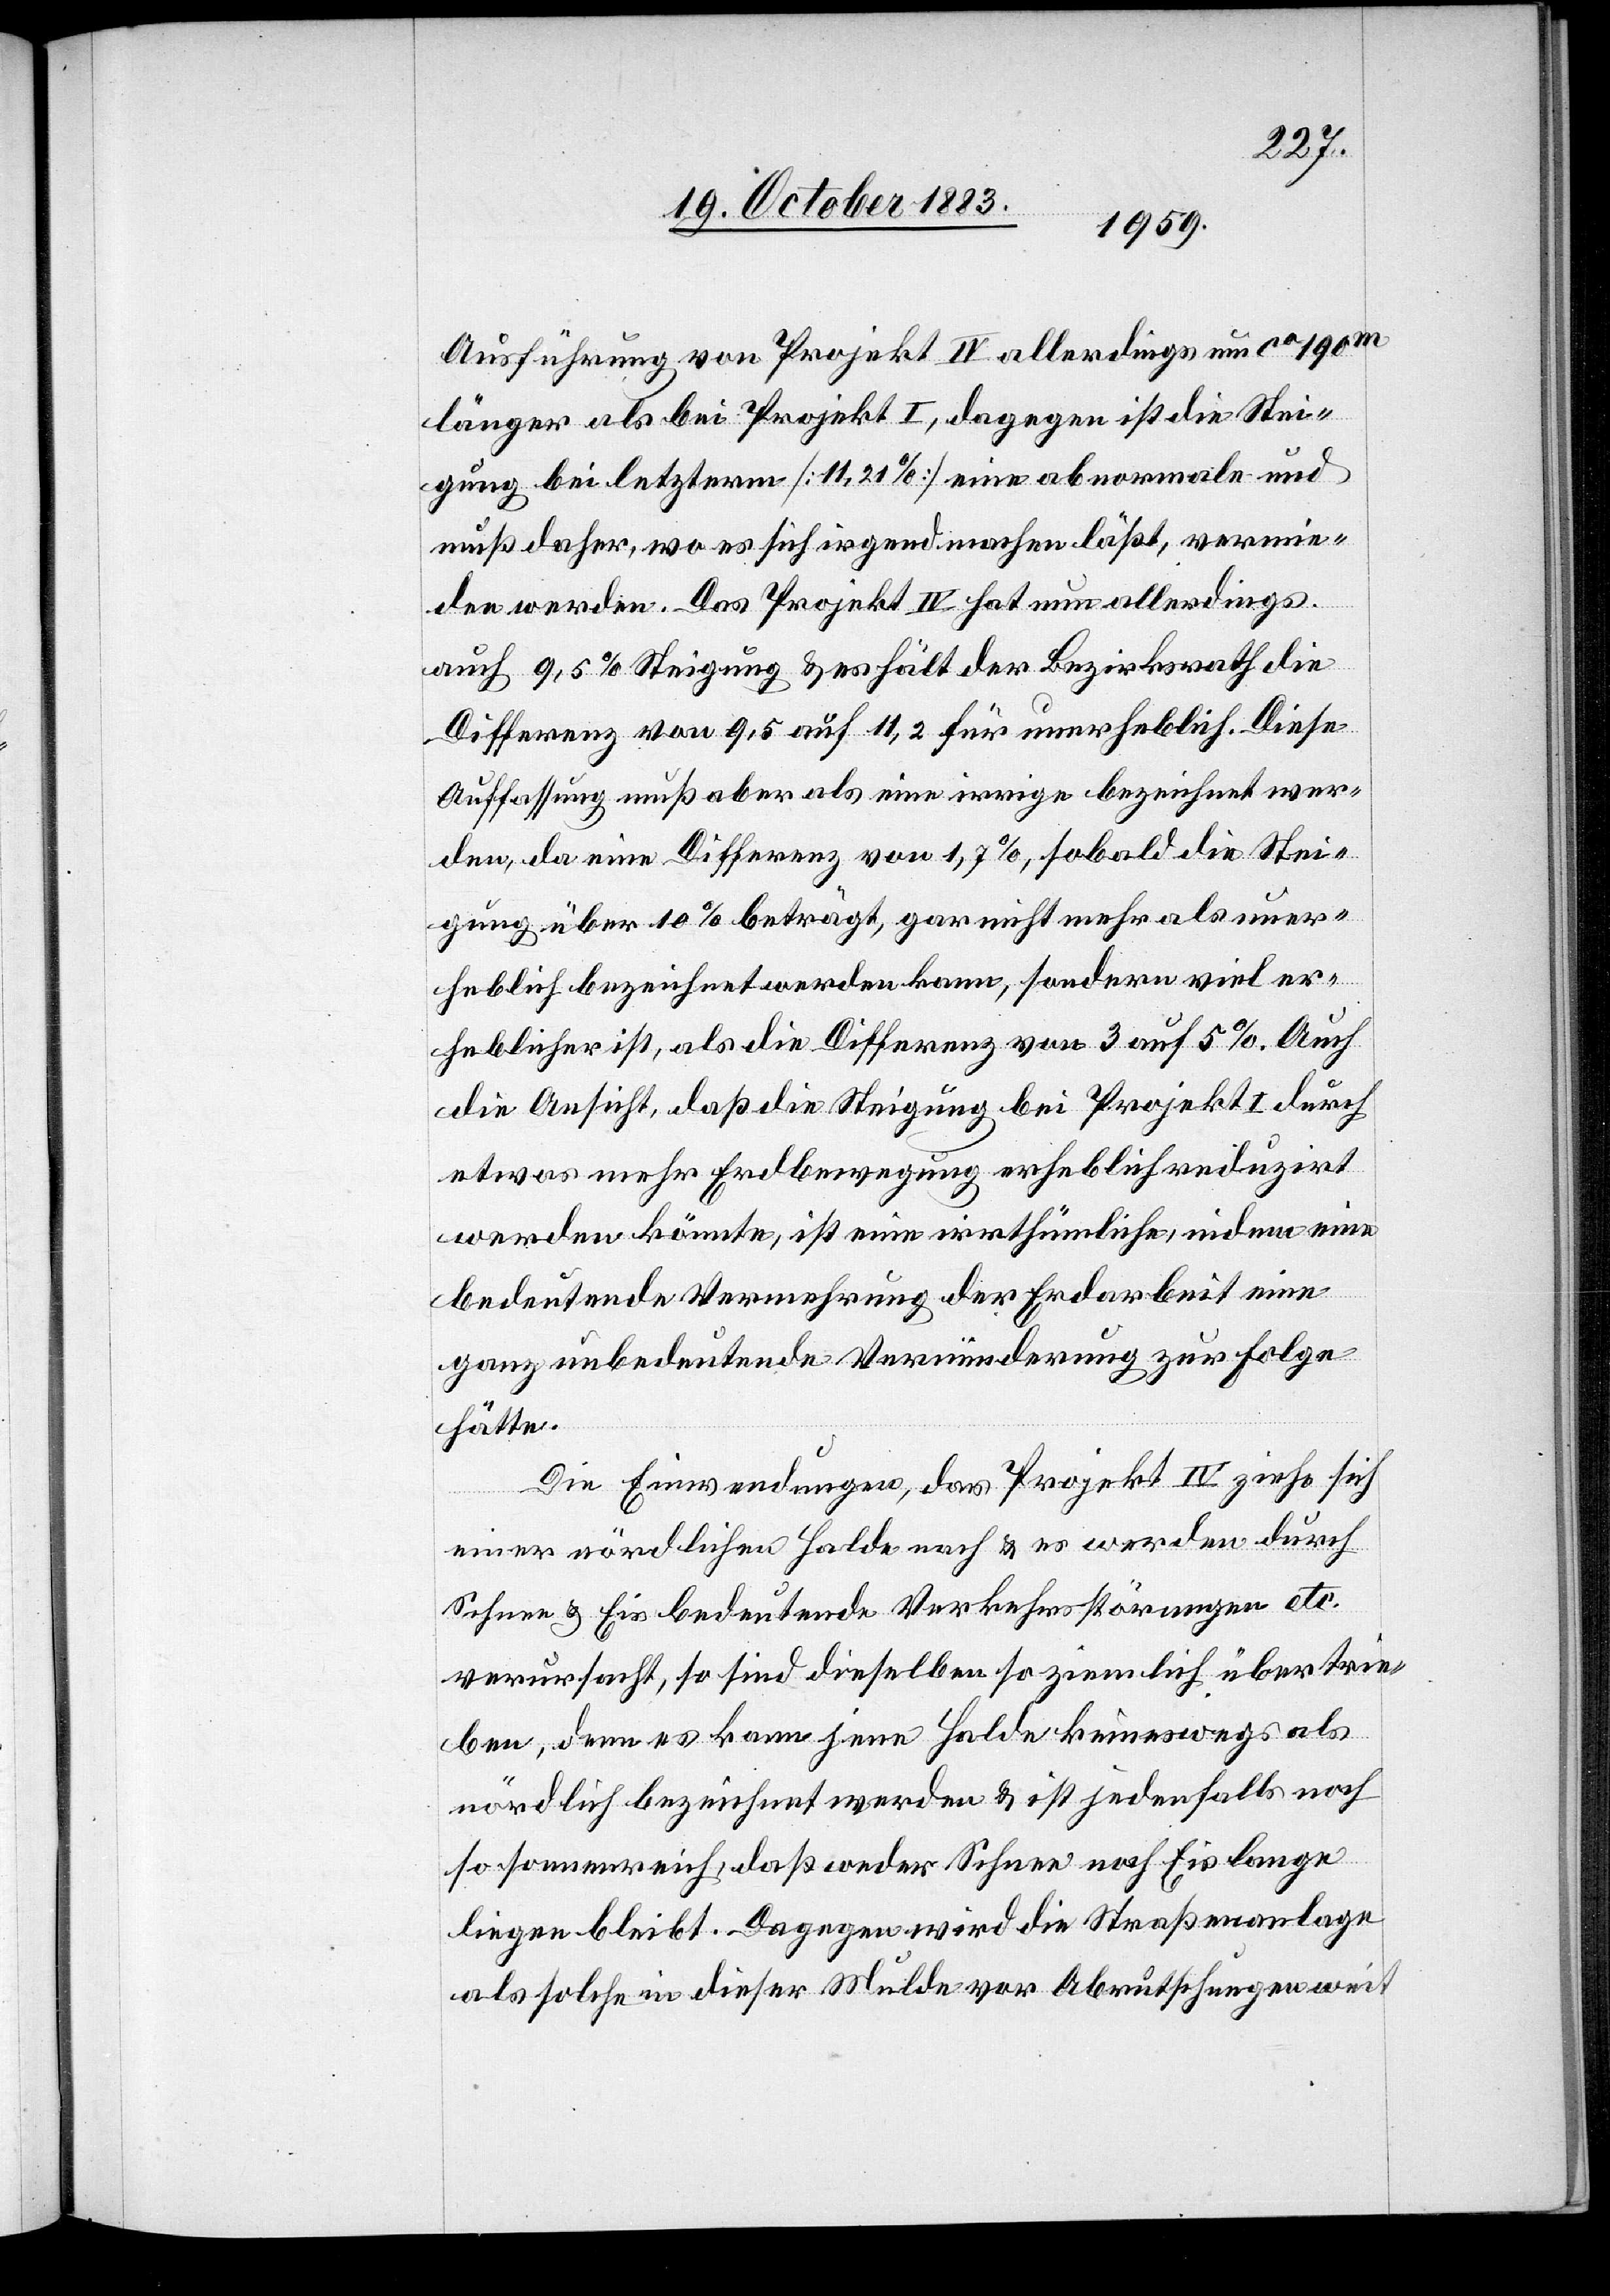
Ausführung von Projekt IV allerdings um ca 190
länger als bei Projekt I, dagegen ist die Stei¬
gung bei letzterm [11,21%] eine abnormale und
muß daher, wo es sich irgend machen läßt, vermie¬
den werden. Das Projekt IV hat nun allerdings
auch 9,5% Steigung & es hält der Bezirksrath die
Differenz von 9,5 auf 11,2 für unerheblich. Diese
Auffassung muß aber als eine irrige bezeichnet wer¬
den, da eine Differenz von 1,5%, sobald die Stei¬
gung über 10% beträgt, gar nicht mehr als uner¬
heblich bezeichnet werden kann, sondern viel er¬
heblicher ist, als die Differenz von 3 auf 5%. Auch
die Ansicht daß die Steigung bei Projekt I durch
etwas mehr Erdbewegung erheblich reduzirt
werden könnte, ist eine irrthümliche, indem eine
bedeutende Vermehrung der Erdarbeit eine
ganz unbedeutende Verminderung zur Folge
hätte.
Die Einwendungen, das Projekt IV ziehe sich
einer nördlichen Halde nach & es werden durch
Schnee & Eis bedeutende Verkehrsstörungen etc.
verursacht, so sind dieselben so ziemlich übertrie¬
ben, denn es kann jene Halde keineswegs als
nördlich bezeichnet werden & ist jedenfalls noch
so sonnenreich, daß weder Schnee noch Eis lange
liegen bleibt. Dagegen wird die Straßenanlage
als solche in dieser Mulde vor Abrutschungen weit